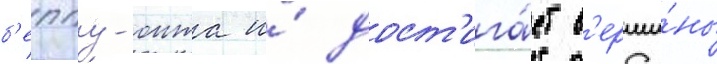
б'еппу-оита и́ дост'ига́ет в'ерши́ны